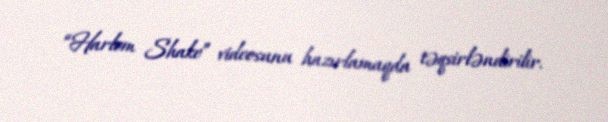
“Harlem Shake” videosunu hazırlamaqda təqsirləndirilir.